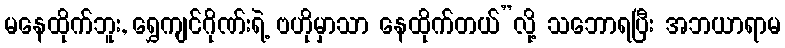
မနေထိုက်ဘူး, ရွှေကျင်ဂိုဏ်းရဲ့ ဗဟိုမှာသာ နေထိုက်တယ်”လို့ သဘောရပြီး အဘယာရာမ